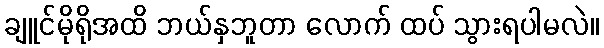
ချူင်မိုရိုအထိ ဘယ်နှဘူတာ လောက် ထပ် သွားရပါမလဲ။